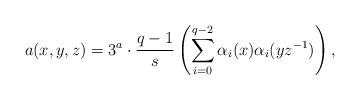
LaTeX: \begin{align*}a(x,y,z)= 3^a\cdot \frac{q-1}{s} \left( \sum\limits_{i=0}^{q-2} \alpha_i(x)\alpha_i(yz^{-1})\right),\end{align*}